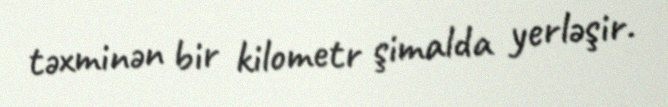
təxminən bir kilometr şimalda yerləşir.